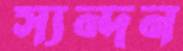
স্যন্দন